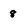
Character: 8